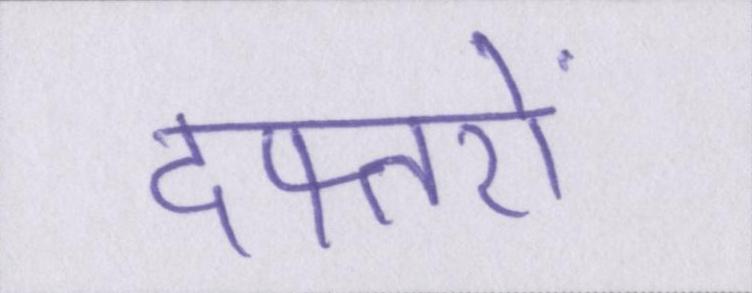
दफ्तरों